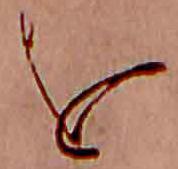
を